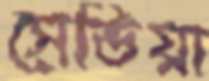
সেভিয়া